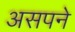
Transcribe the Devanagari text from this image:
असपने